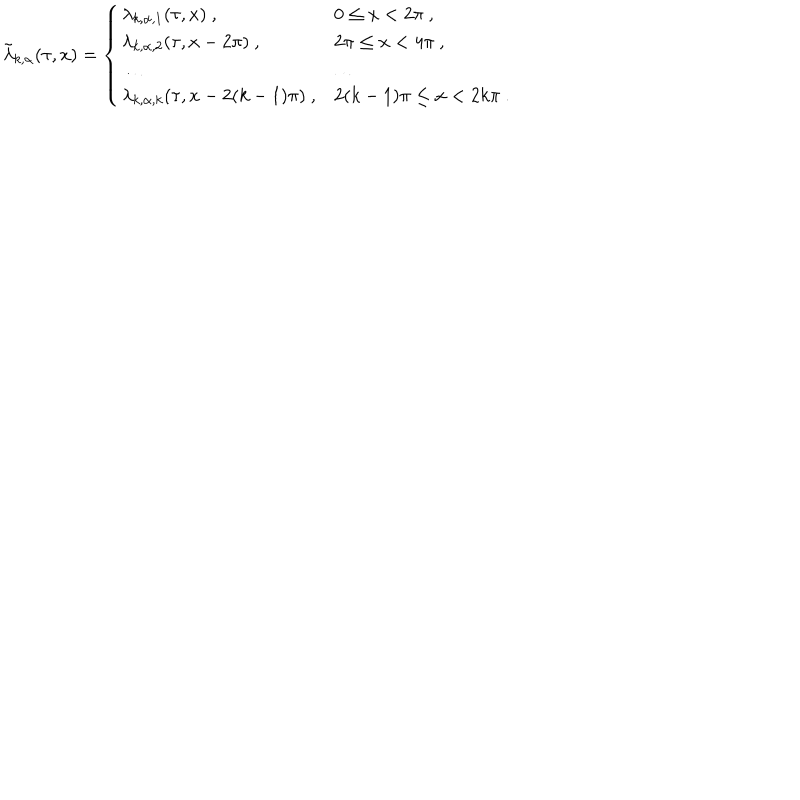
LaTeX: \tilde { \lambda } _ { k , \alpha } ( \tau , x ) = \left\{ \begin{array} { l l } { { \lambda _ { k , \alpha , 1 } ( \tau , x ) ~ , } } & { { 0 \leq x < 2 \pi ~ , } } \\ { { \lambda _ { k , \alpha , 2 } ( \tau , x - 2 \pi ) ~ , } } & { { 2 \pi \leq x < 4 \pi ~ , } } \\ { { \ldots } } & { { \ldots } } \\ { { \lambda _ { k , \alpha , k } ( \tau , x - 2 ( k - 1 ) \pi ) ~ , } } & { { 2 ( k - 1 ) \pi \leq x < 2 k \pi ~ . } } \\ \end{array} \right.